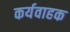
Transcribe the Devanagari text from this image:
कर्यवाहक